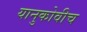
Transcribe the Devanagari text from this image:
यानुकोवीच